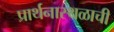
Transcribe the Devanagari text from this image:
प्रार्थनास्थळाची